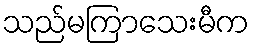
သည်မကြာသေးမီက